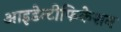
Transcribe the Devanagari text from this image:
आइडेन्टीफिकेशन